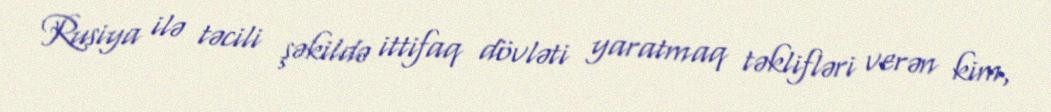
Rusiya ilə təcili şəkildə ittifaq dövləti yaratmaq təklifləri verən kim,